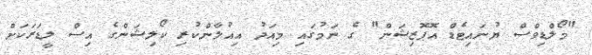
"މޯލްޑިވްސް ޔުނައިޓެޑް އޮޕޮޒިޝަން" ގެ ނަމުގައި މިއަދު އިއުލާންކުރި ކޯލިޝަންގެ އިސް ލީޑަރަކަށް